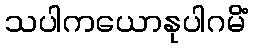
သပါကယောနုပါဂမိံ